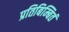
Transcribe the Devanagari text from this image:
प्रतिबिम्बितं